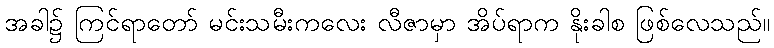
အခါ၌ ကြင်ရာတော် မင်းသမီးကလေး လီဇာမှာ အိပ်ရာက နိုးခါစ ဖြစ်လေသည်။